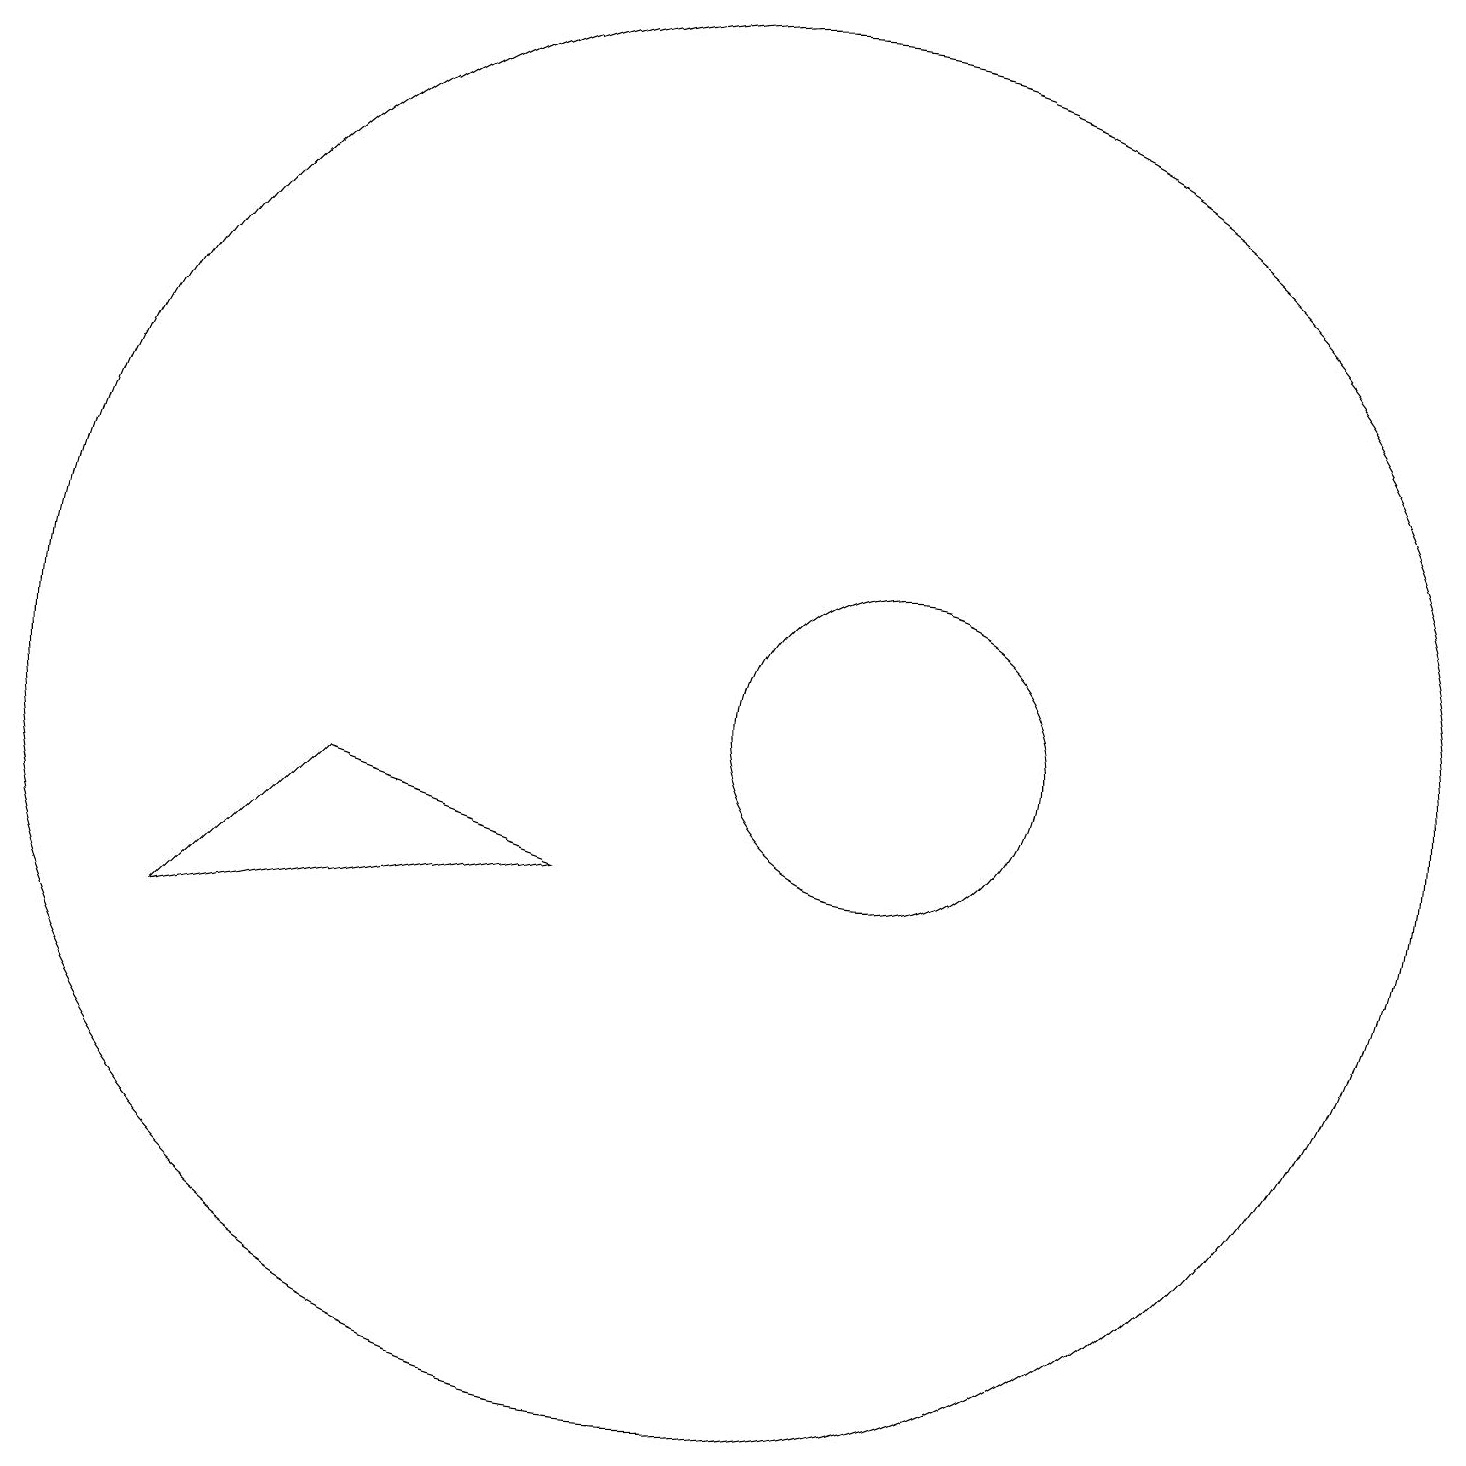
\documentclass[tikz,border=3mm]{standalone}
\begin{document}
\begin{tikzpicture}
\draw (10,10) circle (9);
\draw (5,9) -- (8,8) -- (3,7) -- cycle;
\draw (12,10) circle (2);
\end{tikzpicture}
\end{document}